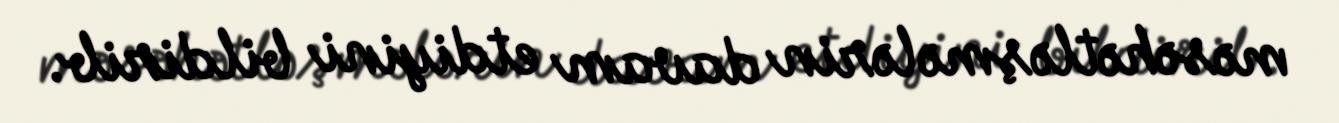
məsəhətləşmələrin davam etdiyini bildirib.